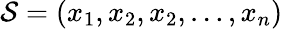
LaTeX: {\cal S}=(x_{1},x_{2},x_{2},\dots,x_{n})